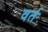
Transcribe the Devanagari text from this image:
वर्त